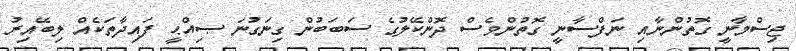
ޖިސްމާނީ ގޮތުންނާއި ނަފްސާނީ ގޮތުންވެސް ދޮންކޭލުގެ ސަބަބުން ގިނަގުނަ ޞިއްޙީ ފައިދާތަކެއް ލިބޭއިރު